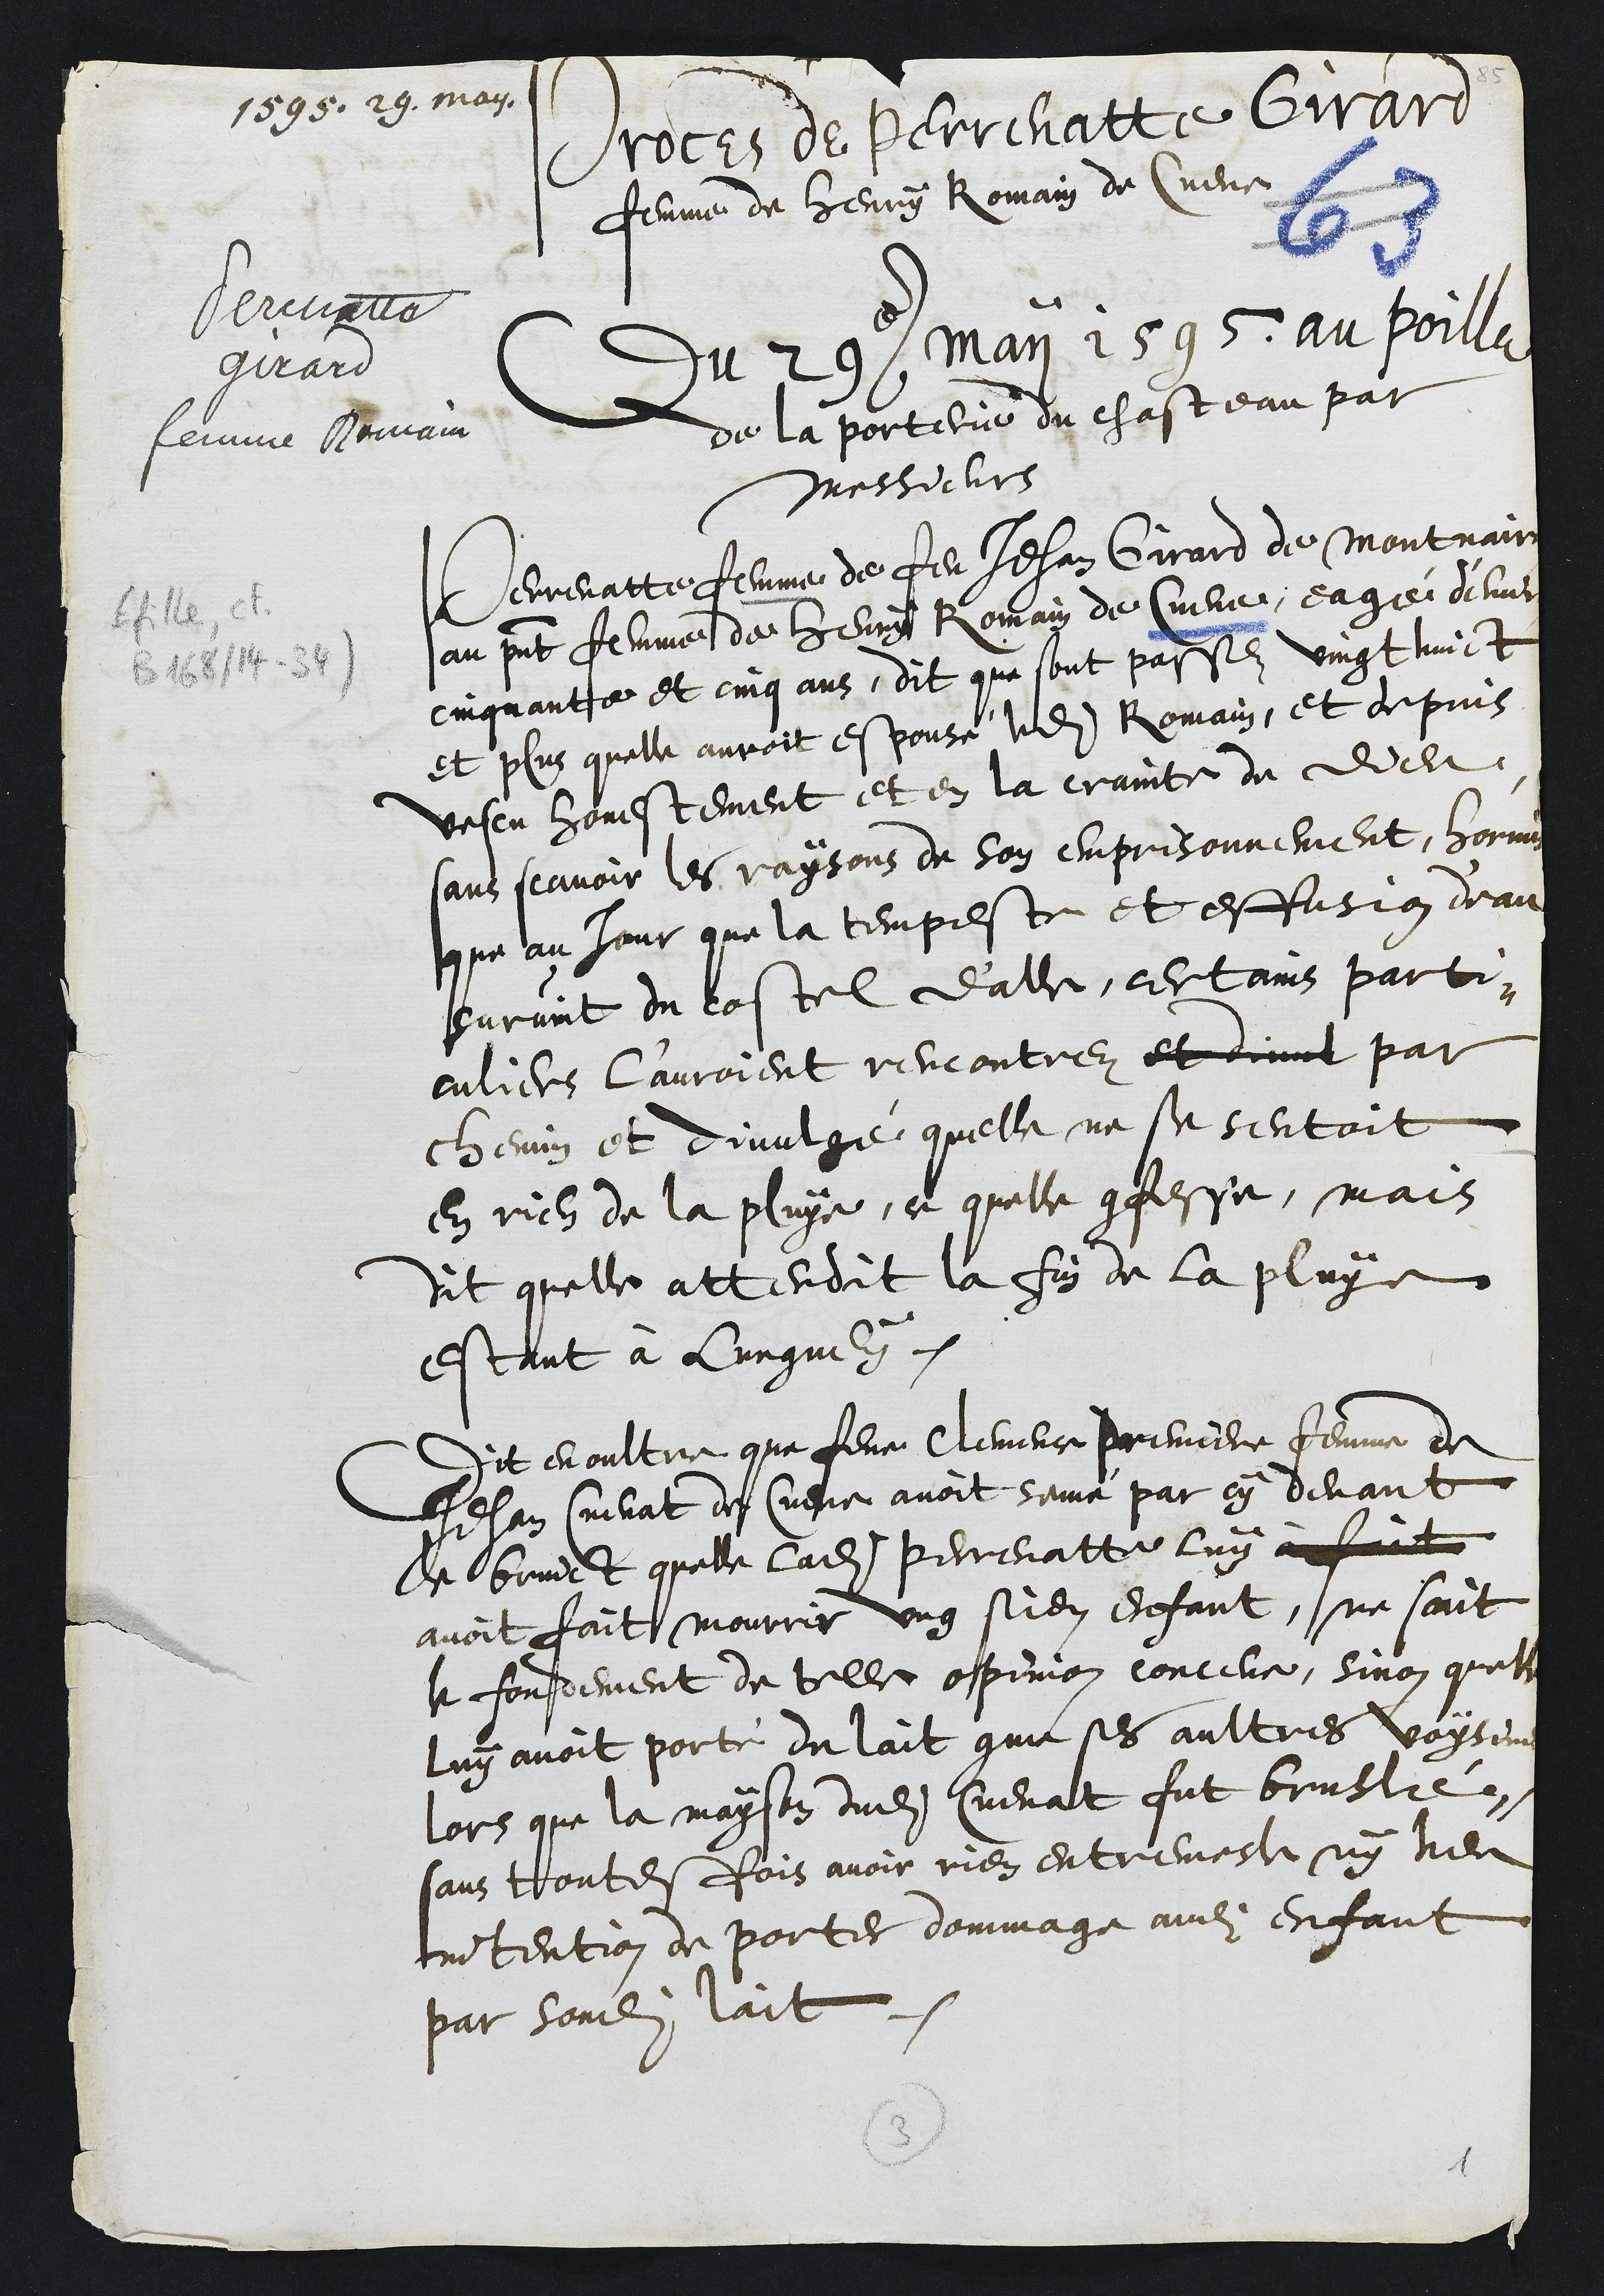
1595. 29. may
Perenatte
Girard
femme Romain
Proces de Perrenatte Girard
femme de Henry Romain de Cueve
Du 29e maii 1595 au poille
de la porterie du chasteau par
Messieurs
Perrenatte femme de feu Jehan Girard de Montvairon
au present femme de Henry Romain de Cueve, eagé d'environ
cinquante et cinq ans, dit que sont passez vingt huict
et plus quelle auroit espousé ledit Romain, et depuis
vescu honestement et en la crainte de Dieu,
sans scavoir les raysons de son emprisonnement, hormis
que au jour que la tempeste et effession deau
survint du costel d'alle, certains parti¬
culiers l'auroient rencontrez et divul par
chemin et divulgé quelle ne se sentoit
en rien de la pluye, ce quelle confesse, mais
dit quelle attendit la fin de la pluye
estant à Lungney.
Dit en oultre que feue Clemence premiere femme de
Jehan Cuenat de Cueve avoit semé par cy devant
le bruict quelle ladite Perrenatte luy à fait
avoit fait mourrir ung sien enfant, ne scait
le fondement de telle opinion conceue, sinon quelle
luy avoit porté du lait comme ses aultres voysines
lors que la mayson dudit Cuenat fut bruslé,
sans toutesfois avoir rien entremesle ny heu
intention de porter dommage audit enfant
par sondit lait.
3
1